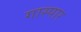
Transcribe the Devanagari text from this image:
गास्पार